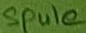
Text: Spule